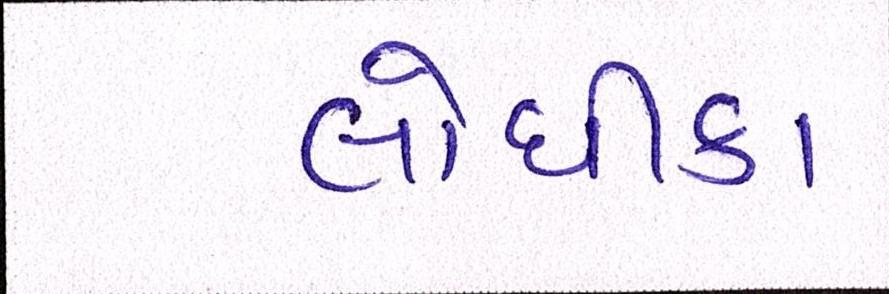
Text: લોધીકા